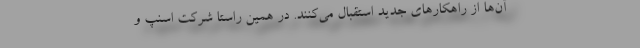
آن‌ها از راهکارهای جدید استقبال می‌کنند. در همین راستا شرکت اسنپ و